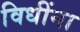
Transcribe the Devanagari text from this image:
विधींना